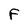
Character: F